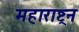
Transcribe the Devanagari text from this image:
महाराष्ट्रन